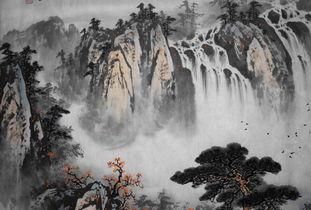
尊前故人如在，想念我最关情。